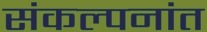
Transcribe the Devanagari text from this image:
संकल्पनांत